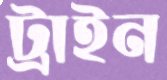
ট্রাইন